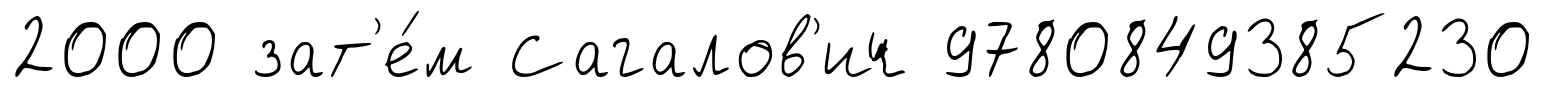
2000 зат'е́м Сагалов'ич 9780849385230